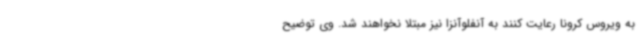
به ویروس کرونا رعایت کنند به آنفلوآنزا نیز مبتلا نخواهند شد. وی توضیح